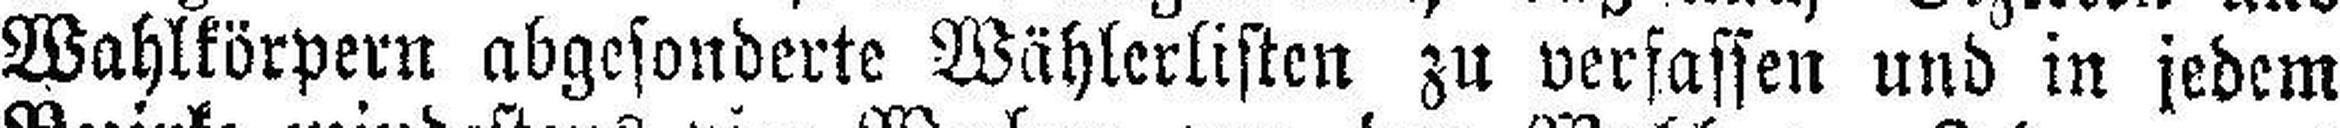
Wahlkörpern abgesonderte Wählerlisten zu verfassen und in jedem